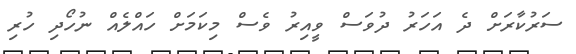
ސަރުކާރަށް ދެ އަހަރު ދުވަސް ވީއިރު ވެސް މިކަމަށް ހައްލެއް ނުހޯދި ހުރި